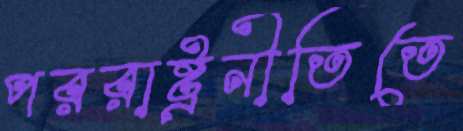
পররাষ্ট্রনীতিতে